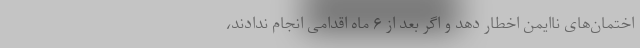
اختمان‌های ناایمن اخطار دهد و اگر بعد از ۶ ماه اقدامی انجام ندادند،